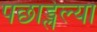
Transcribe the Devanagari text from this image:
पछाड्लेल्या